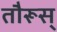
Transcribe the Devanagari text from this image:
तौरूस्